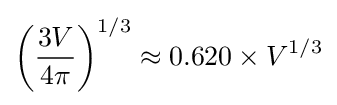
\left({\frac {3V}{4\pi }}\right)^{1/3}\approx 0.620\times V^{1/3}